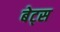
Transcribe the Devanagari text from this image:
बेट्‌स